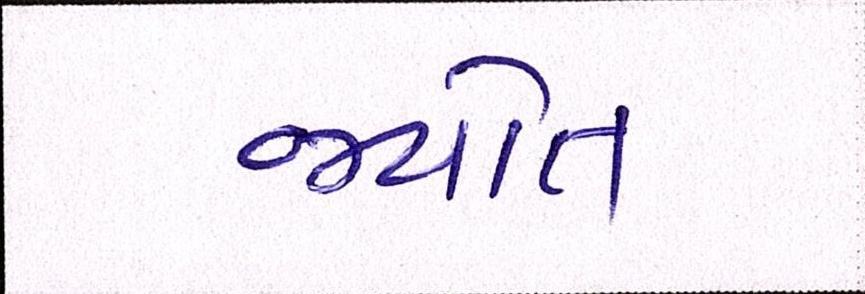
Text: જયોત